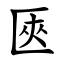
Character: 匧